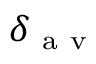
\delta _ { \mathrm { ~ a ~ v ~ } }